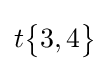
t{\begin{Bmatrix}3,4\end{Bmatrix}}